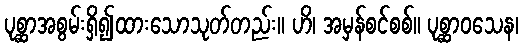
ပုစ္ဆာအစွမ်းရှိ၍ထားသောသုတ်တည်း။ ဟိ၊ အမှန်စင်စစ်။ ပုစ္ဆာဝသေန၊